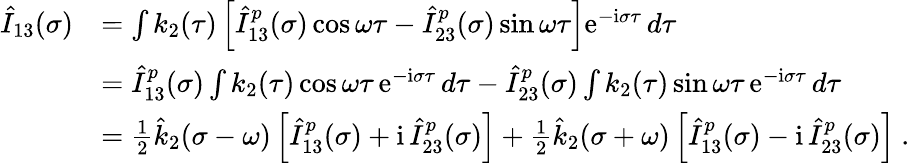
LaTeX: \begin{array}{rl}{\hat{I}_{13}(\sigma)}&{=\int k_{2}(\tau)\left[\hat{I}_{13}^{p}(\sigma)\cos\omega\tau-\hat{I}_{23}^{p}(\sigma)\sin\omega\tau\right]\mathrm{e}^{-\mathrm{i}\sigma\tau}\, d\tau}\\ &{=\hat{I}_{13}^{p}(\sigma)\int k_{2}(\tau)\cos\omega\tau\, \mathrm{e}^{-\mathrm{i}\sigma\tau}\, d\tau-\hat{I}_{23}^{p}(\sigma)\int k_{2}(\tau)\sin\omega\tau\, \mathrm{e}^{-\mathrm{i}\sigma\tau}\, d\tau}\\ &{=\frac 12\hat{k}_{2}(\sigma-\omega)\left[\hat{I}_{13}^{p}(\sigma)+\mathrm{i}\, \hat{I}_{23}^{p}(\sigma)\right]+\frac 12\hat{k}_{2}(\sigma+\omega)\left[\hat{I}_{13}^{p}(\sigma)-\mathrm{i}\, \hat{I}_{23}^{p}(\sigma)\right]\ .}\end{array}